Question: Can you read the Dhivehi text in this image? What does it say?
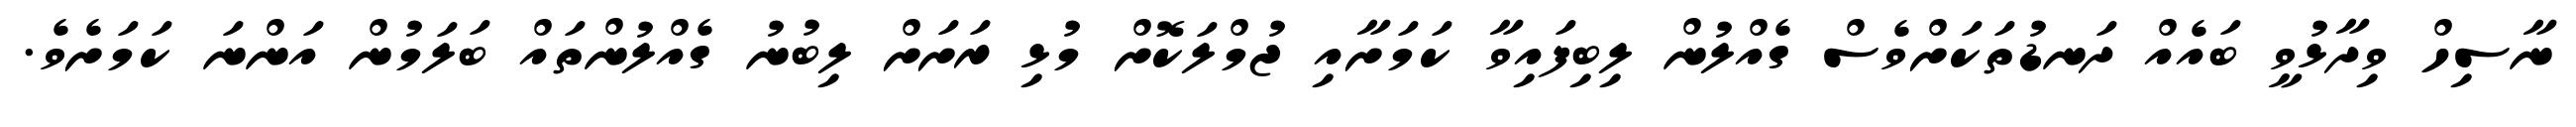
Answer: ނާސިހް ވިދާޅުވީ ބައެއް ދަނޑުތަކަށްވެސް ގެއްލުން ލިބިފައިވާ ކަމަށާއި ޖުމްލަކޮށް މުޅި ރަށަށް ލިބުނު ގެއްލުންތައް ބަލަމުން އަންނަ ކަމަށެވެ.